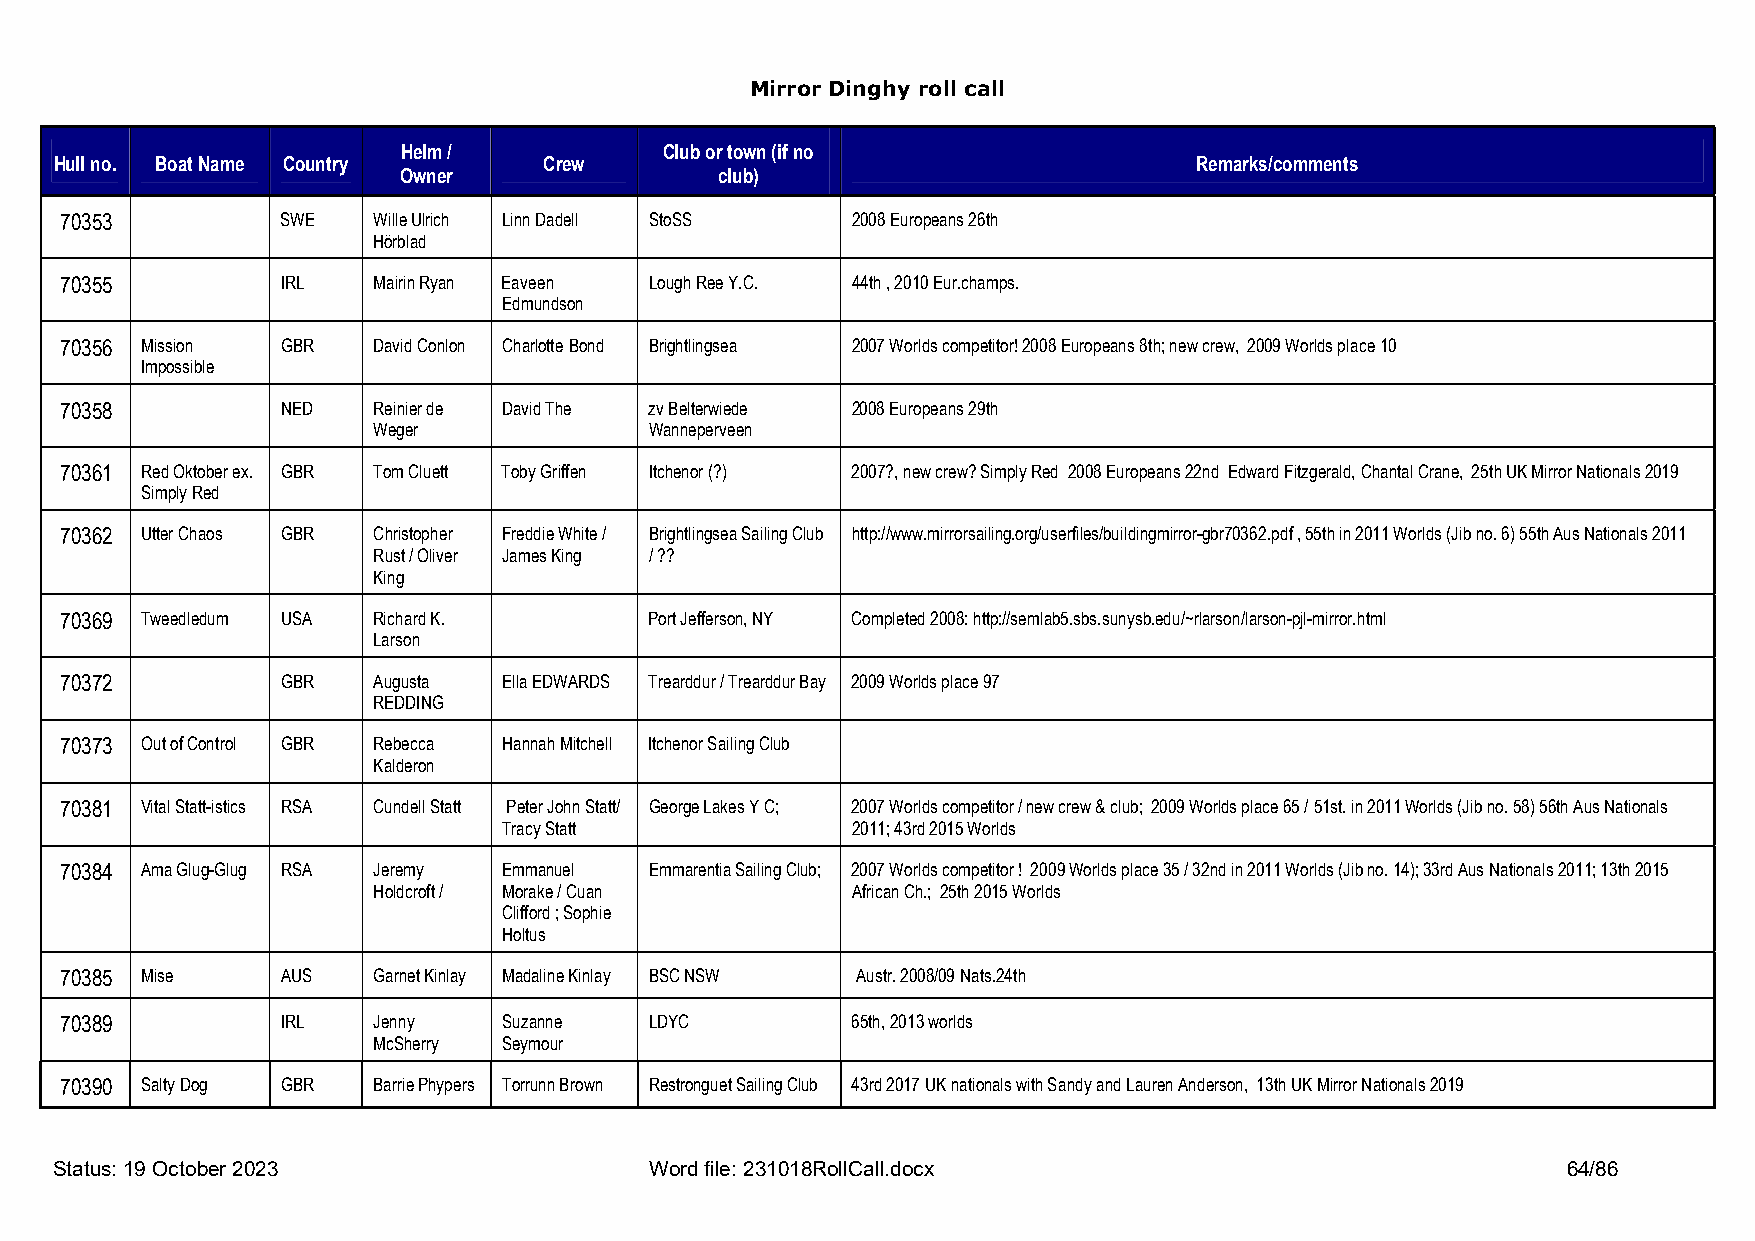
Mirror Dinghy roll call
 Helm /           Club or town (if no
 Hull no. Boat Name Country      Crew                                       Remarks/comments
 Owner                 club)
 70353          SWE   Wille Ulrich Linn Dadell StoSS 2008 Europeans 26th
 Hörblad
 70355          IRL   Mairin Ryan Eaveen Lough Ree Y.C. 44th , 2010 Eur.champs.
 Edmundson
 70356 Mission  GBR   David Conlon Charlotte Bond Brightlingsea 2007 Worlds competitor! 2008 Europeans 8th; new crew, 2009 Worlds place 10
 Impossible
 70358          NED   Reinier de David The zv Belterwiede 2008 Europeans 29th
 Weger             Wanneperveen
 70361 Red Oktober ex. GBR Tom Cluett Toby Griffen Itchenor (?) 2007?, new crew? Simply Red 2008 Europeans 22nd Edward Fitzgerald, Chantal Crane, 25th UK Mirror Nationals 2019
 Simply Red
 70362 Utter Chaos GBR Christopher Freddie White / Brightlingsea Sailing Club http://www.mirrorsailing.org/userfiles/buildingmirror-gbr70362.pdf , 55th in 2011 Worlds (Jib no. 6) 55th Aus Nationals 2011
 Rust / Oliver James King / ??
 King
 70369 Tweedledum USA Richard K.        Port Jefferson, NY Completed 2008: http://semlab5.sbs.sunysb.edu/~rlarson/larson-pjl-mirror.html
 Larson
 70372          GBR   Augusta Ella EDWARDS Trearddur / Trearddur Bay 2009 Worlds place 97
 REDDING
 70373 Out of Control GBR Rebecca Hannah Mitchell Itchenor Sailing Club
 Kalderon
 70381 Vital Statt-istics RSA Cundell Statt Peter John Statt/ George Lakes Y C; 2007 Worlds competitor / new crew & club; 2009 Worlds place 65 / 51st. in 2011 Worlds (Jib no. 58) 56th Aus Nationals
 Tracy Statt            2011; 43rd 2015 Worlds
 70384 Ama Glug-Glug RSA Jeremy Emmanuel Emmarentia Sailing Club; 2007 Worlds competitor ! 2009 Worlds place 35 / 32nd in 2011 Worlds (Jib no. 14); 33rd Aus Nationals 2011; 13th 2015
 Holdcroft / Morake / Cuan      African Ch.; 25th 2015 Worlds
 Clifford ; Sophie
 Holtus
 70385 Mise     AUS   Garnet Kinlay Madaline Kinlay BSC NSW Austr. 2008/09 Nats.24th
 70389          IRL   Jenny   Suzanne   LDYC         65th, 2013 worlds
 McSherry Seymour
 70390 Salty Dog GBR  Barrie Phypers Torrunn Brown Restronguet Sailing Club 43rd 2017 UK nationals with Sandy and Lauren Anderson, 13th UK Mirror Nationals 2019
 Status: 19 October 2023                Word file: 231018RollCall.docx                               64/86